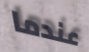
عندما